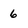
Character: 6